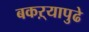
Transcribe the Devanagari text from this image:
बकऱ्यापुढे